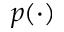
p ( \cdot )